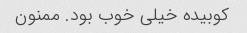
کوبیده خیلی خوب بود. ممنون